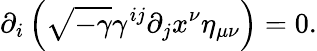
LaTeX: \partial_{i}\left(\sqrt{-\gamma}\gamma^{ij}\partial_{j}x^{\nu}\eta_{\mu\nu}\right)=0.